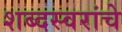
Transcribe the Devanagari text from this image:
शब्दस्वरांचे